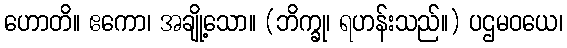
ဟောတိ။ ဧကော၊ အချို့သော။ (ဘိက္ခု၊ ရဟန်းသည်။) ပဌမဝယေ၊